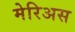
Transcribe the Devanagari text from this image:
मेरिअस